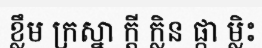
ខ្លឹម ក្រស្នា ក្តី ក្លិន ផ្កា ម្លិះ